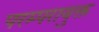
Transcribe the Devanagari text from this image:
परम्परायुक्त